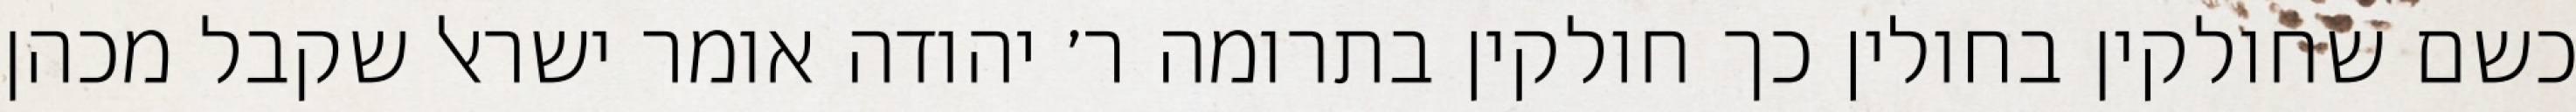
כשם שחולקין בחולין כך חולקין בתרומה ר׳ יהודה אומר ישראל שקבל מכהן